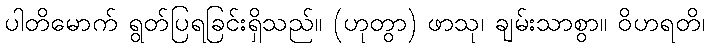
ပါတိမောက် ရွတ်ပြရခြင်းရှိသည်။ (ဟုတွာ) ဖာသု၊ ချမ်းသာစွာ။ ဝိဟရတိ၊